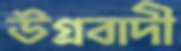
উগ্রবাদী